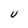
Character: U